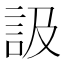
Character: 訯